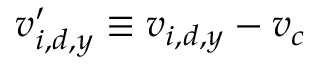
v _ { i , d , y } ^ { \prime } \equiv v _ { i , d , y } - v _ { c }